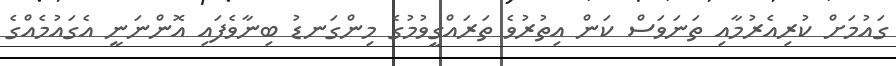
ގައުމަށް ކުރިއެރުމާއި ތަނަވަސް ކަން އިތުރުވެ ތަރައްގީވުމުގެ މިންގަނޑު ބިނާވެފައި އޮންނަނީ އެގައުމެއްގެ